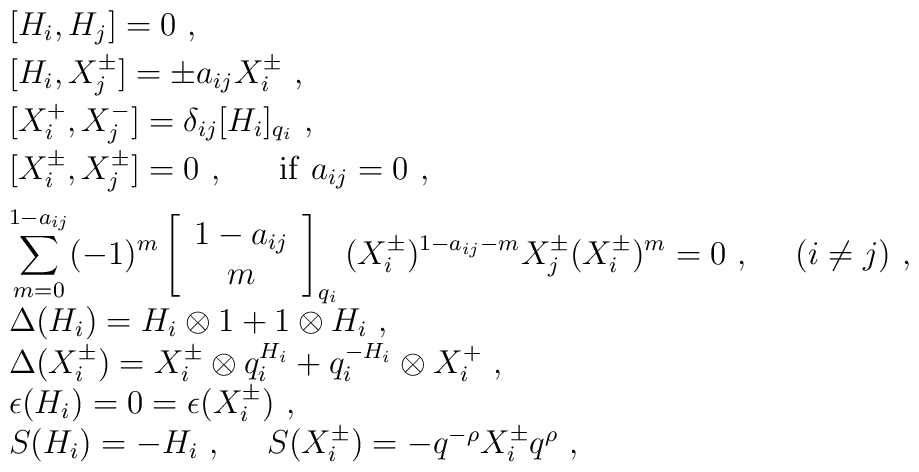
\begin{array}{l}[H_i,H_j]=0~,\\[1mm][H_i,X_j^\pm]=\pm a_{ij}X_i^\pm~,\\[1mm][X_i^+,X_j^-]=\delta_{ij}[H_i]_{q_i}~,\\[1mm][X_i^\pm,X_j^\pm]=0~,~~~~~{\rm if}~a_{ij}=0~,\\[2mm]\displaystyle\sum_{m=0}^{1-a_{ij}}(-1)^m\left[\begin{array}{c}                                                   1-a_{ij}\\                                                   m                                                   \end{array}\right]_{q_i}(X_i^\pm)^{1-a_{ij}-m}X_j^\pm(X_i^\pm)^m=0~,~~~~(i\not=j)~,\\[2mm]\Delta(H_i)=H_i\otimes 1+1\otimes H_i~,\\\Delta(X_i^\pm)=X_i^\pm\otimes q_i^{H_i}+q_i^{-H_i}\otimes X_i^+~,\\\epsilon(H_i)=0=\epsilon(X_i^\pm)~,\\S(H_i)=-H_i~,~~~~S(X_i^\pm)=-q^{-\rho} X_i^\pm q^{\rho}~,\end{array}